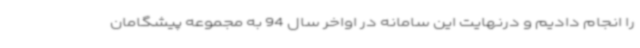
را انجام دادیم و درنهایت این سامانه در اواخر سال 94 به مجموعه پیشگامان